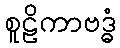
စူဠိကာဗဒ္ဓံ